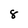
Character: 8